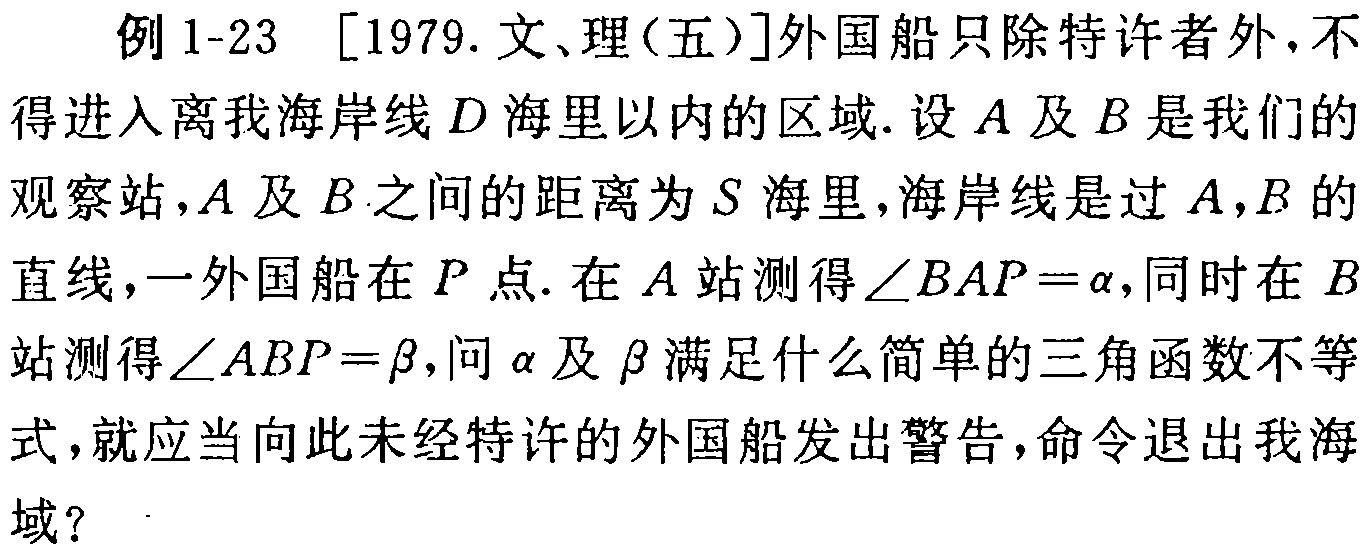
例1-23 [1979.文、理(五)]外国船只除特许者外,不得进入离我海岸线\(D\)海里以内的区域.设\(A\)及\(B\)是我们的观察站,\(A\)及\(B\)之间的距离为\(S\)海里,海岸线是过\(A,B\)的直线,一外国船在\(P\)点.在\(A\)站测得\(\angle BAP = \alpha\),同时在\(B\)站测得\(\angle ABP = \beta\),问\(\alpha\)及\(\beta\)满足什么简单的三角函数不等式,就应当向此未经特许的外国船发出警告,命令退出我海域?